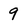
Character: 9